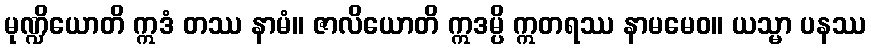
မုဏ္ဍိယောတိ ဣဒံ တဿ နာမံ။ ဇာလိယောတိ ဣဒမ္ပိ ဣတရဿ နာမမေဝ။ ယသ္မာ ပနဿ